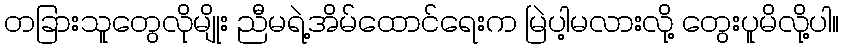
တခြားသူတွေလိုမျိုး ညီမရဲ့အိမ်ထောင်ရေးက မြဲပါ့မလားလို့ တွေးပူမိလို့ပါ။